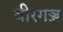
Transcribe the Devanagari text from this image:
वीरगञ्ज